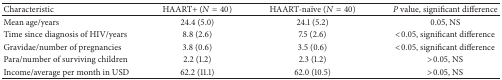
<table><thead><tr><td><b>Characteristic</b></td><td><b>HAART+ (<i>N</i> = 40)</b></td><td><b>HAART-naïve (<i>N</i> = 40)</b></td><td><b><i>P</i> value, significant difference </b></td></tr></thead><tbody><tr><td>Mean age/years</td><td>24.4 (5.0)</td><td>24.1 (5.2)</td><td>0.05, NS</td></tr><tr><td>Time since diagnosis of HIV/years </td><td>8.8 (2.6)</td><td>7.5 (2.6)</td><td>&lt;0.05, significant difference</td></tr><tr><td>Gravidae/number of pregnancies</td><td>3.8 (0.6)</td><td>3.5 (0.6)</td><td>&lt;0.05, significant difference</td></tr><tr><td>Para/number of surviving children</td><td>2.2 (1.2)</td><td>2.3 (1.2)</td><td>&gt;0.05, NS</td></tr><tr><td>Income/average per month in USD</td><td>62.2 (11.1)</td><td>62.0 (10.5)</td><td>&gt;0.05, NS</td></tr></tbody></table>